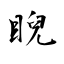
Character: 睨